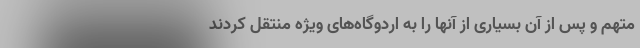
متهم و پس از آن بسیاری از آنها را به اردوگاه‌های ویژه منتقل کردند